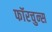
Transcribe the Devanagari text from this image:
फॉरचुन्स